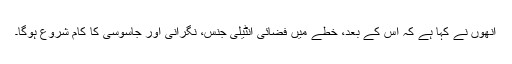
اُنھوں نے کہا ہے کہ اس کے بعد، خطے میں فضائی انٹیلی جنس، نگرانی اور جاسوسی کا کام شروع ہوگا۔